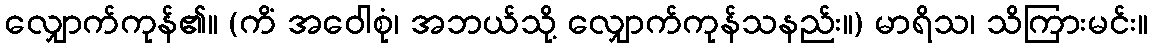
လျှောက်ကုန်၏။ (ကိံ အဝေါစုံ၊ အဘယ်သို့ လျှောက်ကုန်သနည်း။) မာရိသ၊ သိကြားမင်း။